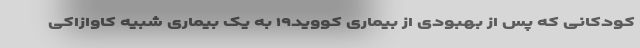
کودکانی که پس از بهبودی از بیماری کووید۱۹ به یک بیماری شبیه کاوازاکی